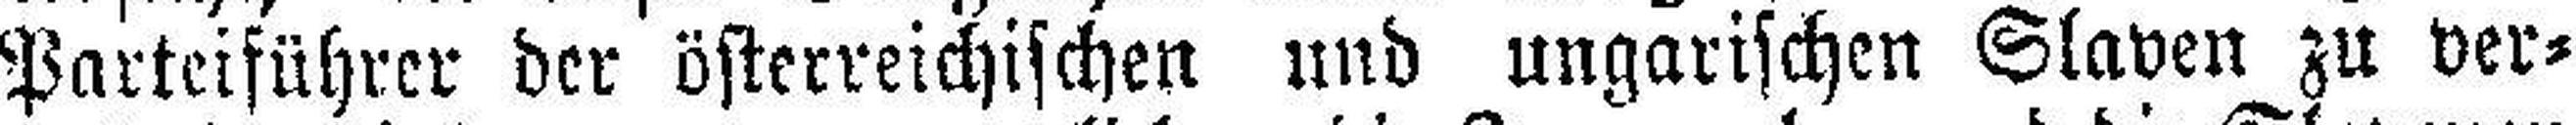
Parteiführer der österreichischen und ungarischen Slaven zu ver¬